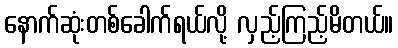
နောက်ဆုံးတစ်ခေါက်ရယ်လို့ လှည့်ကြည့်မိတယ်။